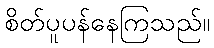
စိတ်ပူပန်နေကြသည်။